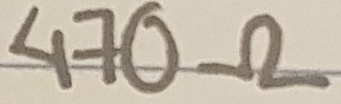
Text: 470Ω